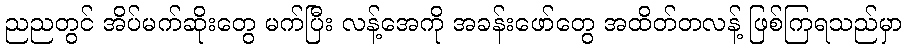
ညညတွင် အိပ်မက်ဆိုးတွေ မက်ပြီး လန့်အေကို အခန်းဖော်တွေ အထိတ်တလန့် ဖြစ်ကြရသည်မှာ